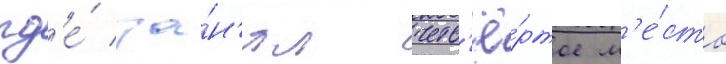
гд'е́ за́н'ял четв'ё́ртое м'е́сто